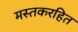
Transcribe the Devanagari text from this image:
मस्तकरहित